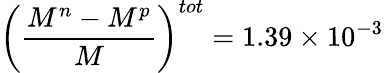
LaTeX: \left(\frac{M^{n}-M^{p}}{M}\right)^{tot}=1.39\times 10^{-3}